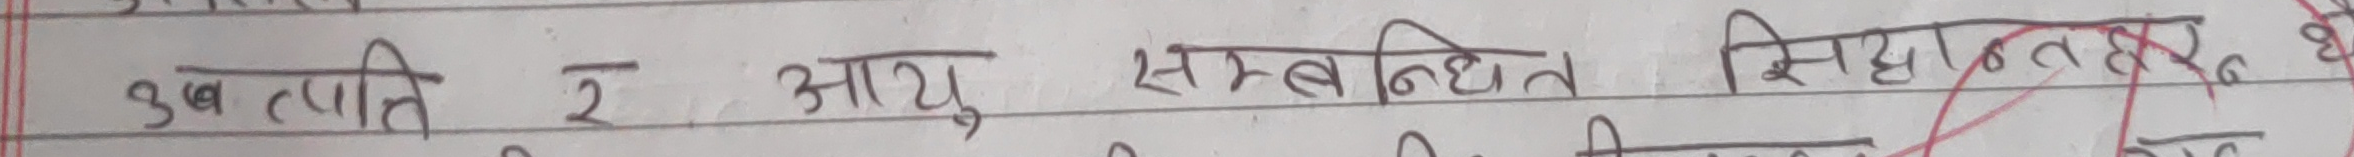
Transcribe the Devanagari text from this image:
उत्पत्ति र आयु सम्बन्धित सिद्धान्तहरु